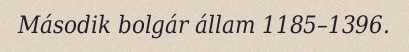
Második bolgár állam 1185–1396.